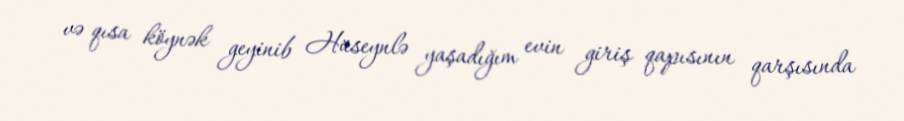
və qısa köynək geyinib Hüseynlə yaşadığım evin giriş qapısının qarşısında